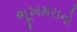
ભૂખમરાનો